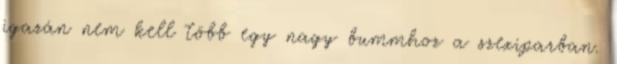
igazán nem kell több egy nagy bummhoz a szexiparban.